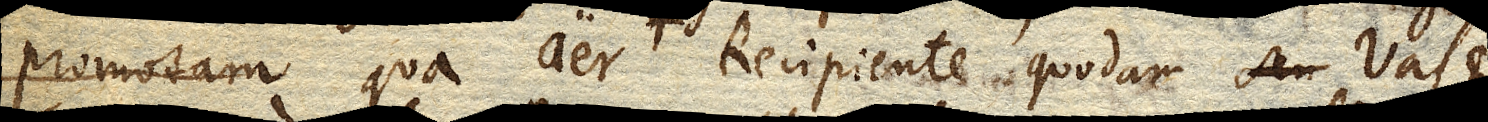
promotam qua aer Recipiente quodam seu vase,